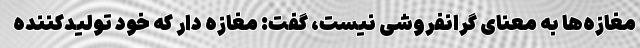
مغازه‌ها به معنای گرانفروشی نیست، گفت: مغازه دار که خود تولیدکننده